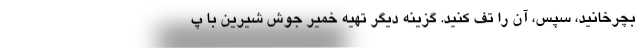
بچرخانید، سپس، آن را تف کنید. گزینه دیگر تهیه خمیر جوش شیرین با پ